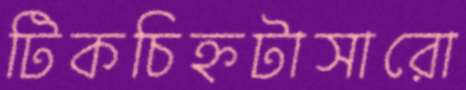
টিকচিহ্নটাসারো